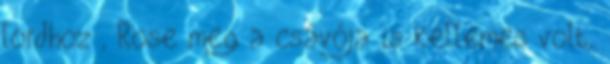
lordhoz , Rose meg a csávója is kellemes volt,